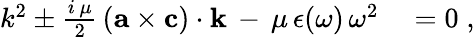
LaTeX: \begin{array}{rl}{k^{2}\pm\frac{i\, \mu}{2}\, ({\mathbf a}\times{\mathbf c})\cdot{\mathbf k}\, -\, \mu\, \epsilon(\omega)\, \omega^{2}}&{{}=0\; ,}\end{array}